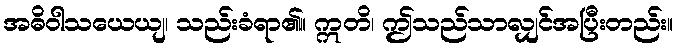
အဓိဝါသယေယျ၊ သည်းခံရာ၏။ ဣတိ၊ ဤသည်သာလျှင်အပြီးတည်း။